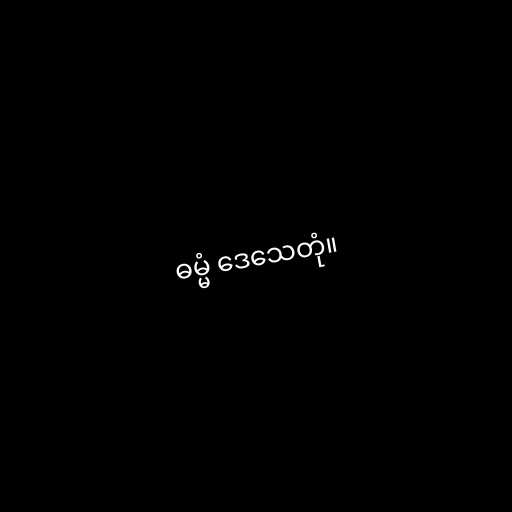
ဓမ္မံ ဒေသေတုံ။